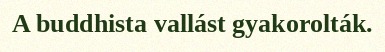
A buddhista vallást gyakorolták.